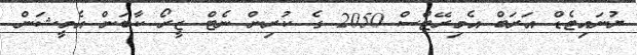
ޔުނައިޓެޑް އަރަބް އެމިރޭޓްސް 2050 ގެ ކުރިން ނެޓް ޒީރޯ ކާބަން އެމީޝަން